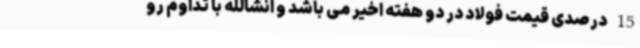
15 درصدی قیمت فولاد در دو هفته اخیر می باشد و انشالله با تداوم رو